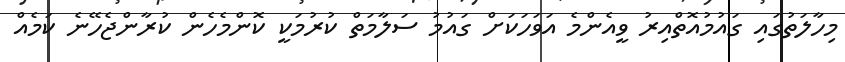
މިހާލަތުގައި ގައުމުއޮތްއިރު ވީއެންމެ އަވަހަކަށް ގައުމު ސަލާމަތް ކުރުމަކީ ކޮންމެހެން ކުރާންޖެހޭނެ ކަމެއް